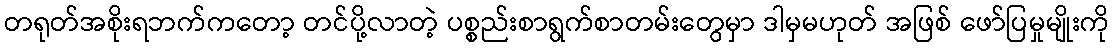
တရုတ်အစိုးရဘက်ကတော့ တင်ပို့လာတဲ့ ပစ္စည်းစာရွက်စာတမ်းတွေမှာ ဒါမှမဟုတ် အဖြစ် ဖော်ပြမှုမျိုးကို